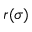
r ( \sigma )